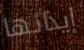
إيذائها